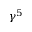
\gamma ^ { 5 }